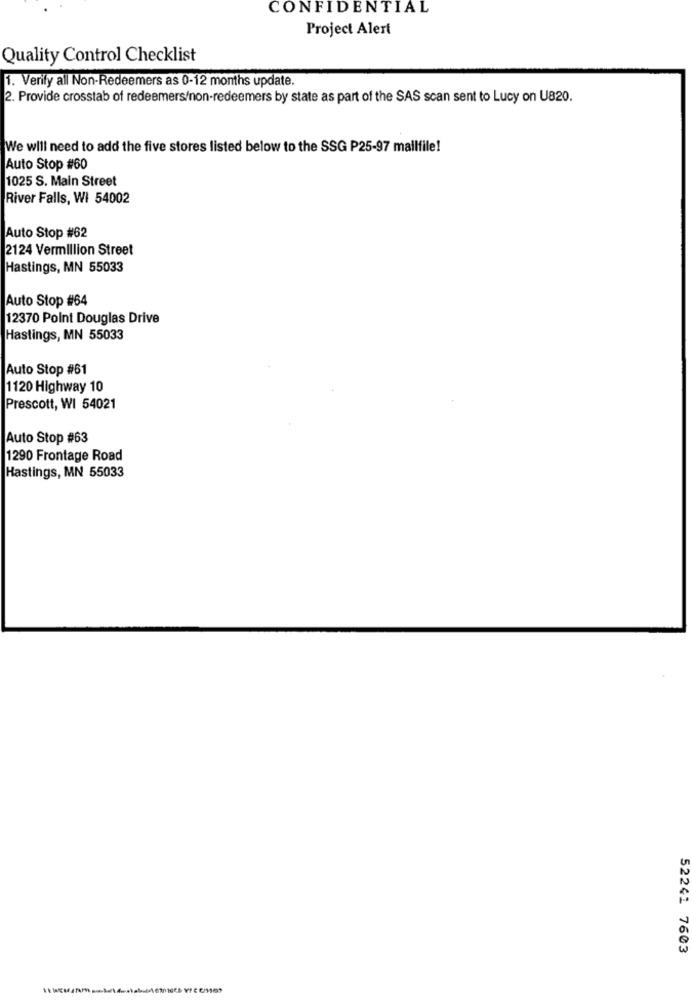
CONFIDENTIAL
Project Alert
Quality Control Checklist
1. Verify all Non-Redeemers as 0-12 months update.
2. Provide crosstab of redeemers/non-redeemers by state as part of the SAS scan sent to Lucy on U820.
We will need to add the five stores listed below to the SSG P25-97 mailfile!
Auto Stop #60
1025 S. Main Street
River Falls, Wi 54002
Auto Stop #62
2124 Vermillion Street
Hastings, MN 55033
Auto Stop #64
12370 Point Douglas Drive
Hastings, MN 55033
Auto Stop #61
1120 Highway 10
Prescott, WI 54021
Auto Stop #63
1290 Frontage Road
Hastings, MN 55033
52241 7603